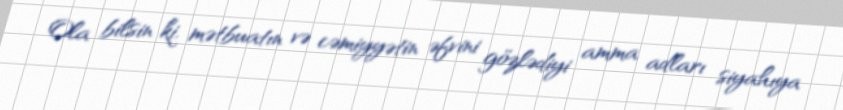
Ola bilsin ki, mətbuatın və cəmiyyətin əfvini gözlədiyi amma adları siyahıya